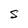
Character: S